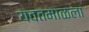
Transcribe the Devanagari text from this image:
यवतमाळला